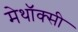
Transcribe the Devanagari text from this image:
मेथॉक्सी